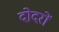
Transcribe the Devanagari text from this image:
दोदरों